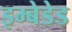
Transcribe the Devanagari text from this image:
इम्बेडेड